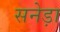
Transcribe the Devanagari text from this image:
सनेड़ा